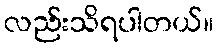
လည်းသိရပါတယ်။